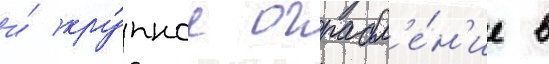
и́ кру́пное ограбл'е́н'ие в